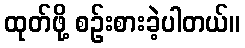
ထုတ်ဖို့ စဉ်းစားခဲ့ပါတယ်။